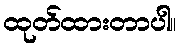
ထုတ်ထားတာပါ။